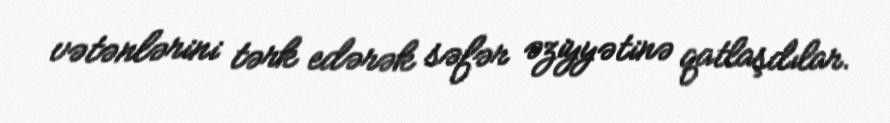
vətənlərini tərk edərək səfər əziyyətinə qatlaşdılar.